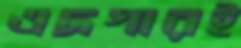
এদগারই